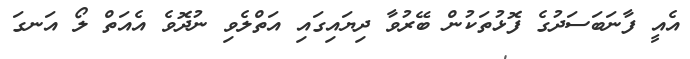
އެއީ ފާނަބަސަދުގެ ފޮޅުތަކުން ބޭރުވާ ދިޔައިގައި އަތްލެވި ނުދޮވެ އެއަތް ލޯ އަނގަ